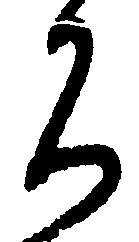
ち